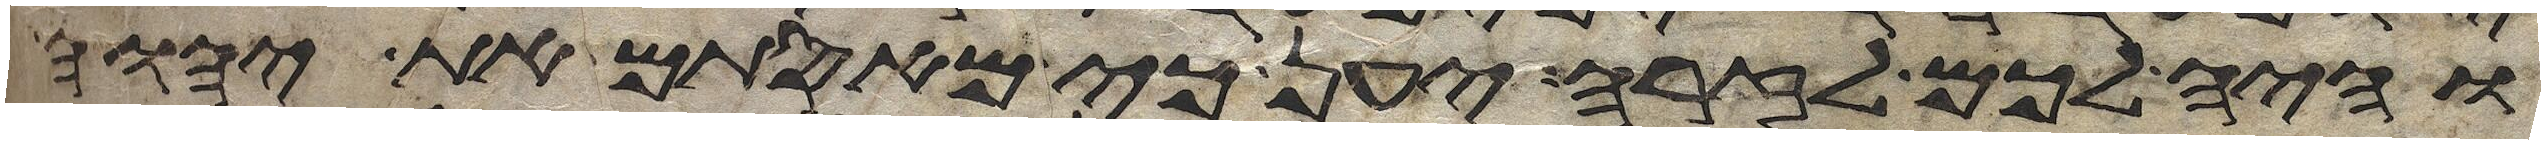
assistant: והיה לכם לזרה יען כי מאסתם את יהוה